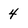
Character: 4